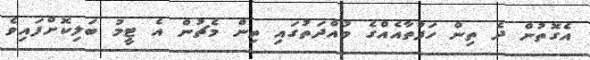
އެގޮތުން ދެ ތިން ހަފުތާއެއްގެ މުއްދަތުގައި ތިން މެޗުން އެ ޓީމު ބަލިކޮށްފައިވެ